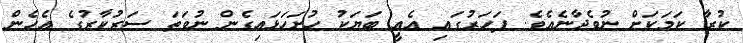
ކުރާ ކަމަކަށް ނުވެދާނެއެވެ. ފަހަރުގައި އެއީ ބަޔަކު ހުށަހަޅައިގެން ނުވަތަ ސަރުކާރުގެ އެހެން